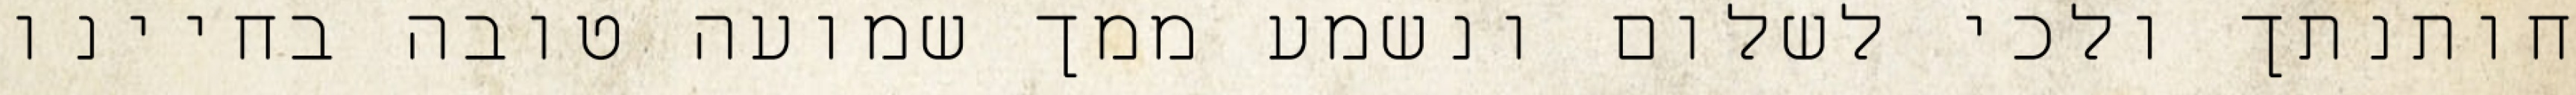
חותנתך ולכי לשלום ונשמע ממך שמועה טובה בחיינו